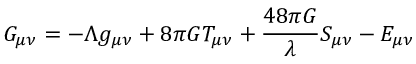
G _ { \mu \nu } = - \Lambda g _ { \mu \nu } + 8 \pi G T _ { \mu \nu } + \frac { 4 8 \pi G } { \lambda } S _ { \mu \nu } - { \cal E } _ { \mu \nu }